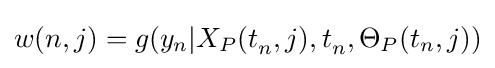
w(n,j)=g(y_{n}|X_{P}(t_{n}^{},j),t_{n}^{},\Theta _{P}(t_{n},j))